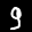
Label: 9